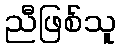
ညီဖြစ်သူ